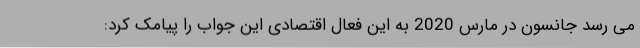
می رسد جانسون در مارس 2020 به این فعال اقتصادی این جواب را پیامک کرد: